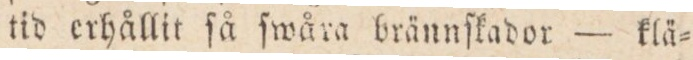
tid erhållit ſå ſwåra brännſkador — klä=